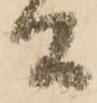
間